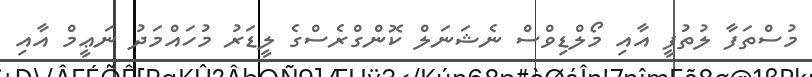
މުސްތަފާ ލުތުފީ އާއި މޯލްޑިވްސް ނެޝަނަލް ކޮންގްރެސްގެ ލީޑަރު މުހައްމަދު ނަޢީމް އާއި